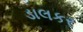
ડાલકર